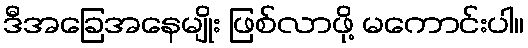
ဒီအခြေအနေမျိုး ဖြစ်လာဖို့ မကောင်းပါ။